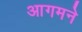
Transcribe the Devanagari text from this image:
आगमने